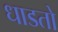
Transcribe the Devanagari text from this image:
धाडतो